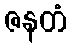
ဇနတံ